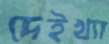
দেইখ্যা